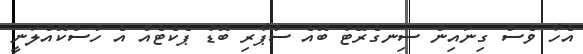
އެހާ ވެސް ގިނައިން ސިނގެރޭޓު ބޮއެ ސުޕާރި ބޮޑު ޕެކެޓެއް އެ ހުސްކޮއްލަނީ